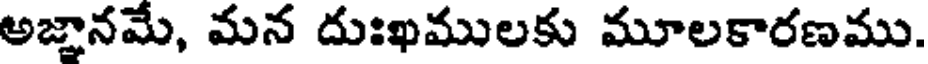
అజ్ఞానమే, మన దుఃఖములకు మూలకారణము.